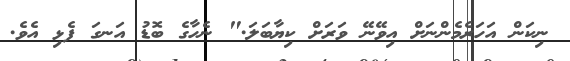
ނިކަން އަހަރެމެންނަށް އިވޭނޭ ވަރަށް ކިޔާބަލަ." ނެހާގެ ބޮޑު އަނގަ ފެޅި އެވެ.